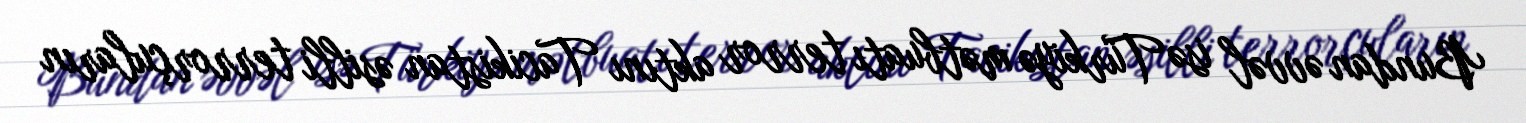
Bundan əvvəl isə Türkiyə mətbuatı terror aktını Tacikistan əsilli terrorçuların